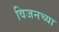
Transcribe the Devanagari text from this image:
विजनच्या